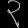
Digit: ၃